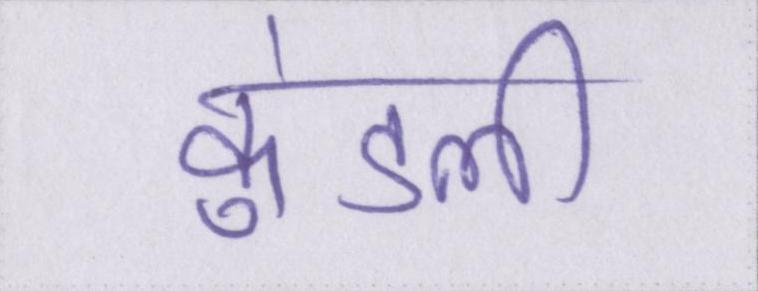
कुंडली